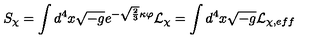
S _ { \chi } = \int d ^ { 4 } x \sqrt { - g } e ^ { - \sqrt { \frac 2 3 } \kappa \varphi } { \cal L } _ { \chi } = \int d ^ { 4 } x \sqrt { - g } { \cal L } _ { \chi , e f f }